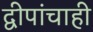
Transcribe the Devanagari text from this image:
द्वीपांचाही